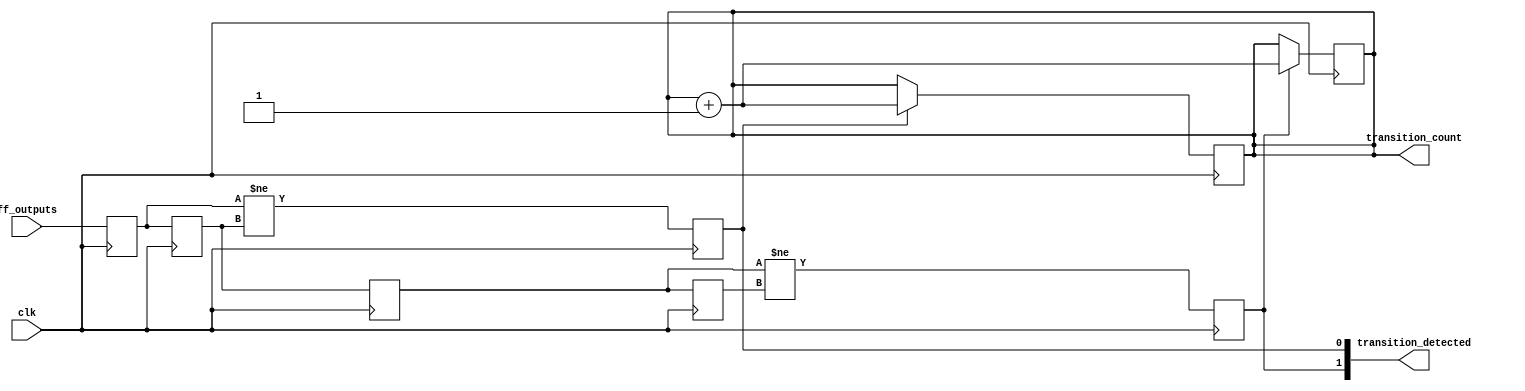
module FlipFlopDetector #(
    parameter NUM_FLIP_FLOPS = 4, // Number of flip-flops to monitor
    parameter NUM_UNITS = 2        // Number of cascaded detection units
)(
    input wire clk,                // Clock signal
    input wire [NUM_FLIP_FLOPS-1:0] ff_outputs, // Flip-flop outputs
    output reg [NUM_UNITS-1:0] transition_detected, // Transition detected signals for each unit
    output reg [$clog2(NUM_FLIP_FLOPS*2*NUM_UNITS)-1:0] transition_count // Total transition count
);

    // Memory blocks for previous states
    reg [NUM_FLIP_FLOPS-1:0] previous_states [0:NUM_UNITS-1];
    reg [NUM_FLIP_FLOPS-1:0] current_states [0:NUM_UNITS-1];

    // Initial transition count
    initial begin
        transition_count = 0;
        transition_detected = 0;
    end

    // Cascaded detection units
    genvar i;
    generate
        for (i = 0; i < NUM_UNITS; i = i + 1) begin : detection_unit
            always @(posedge clk) begin
                // Store current states
                current_states[i] <= (i == 0) ? ff_outputs : previous_states[i-1];

                // Detect transitions
                transition_detected[i] <= (current_states[i] != previous_states[i]);

                // Update transition count
                if (transition_detected[i]) begin
                    transition_count <= transition_count + 1;
                end

                // Update previous states
                previous_states[i] <= current_states[i];
            end
        end
    endgenerate

endmodule